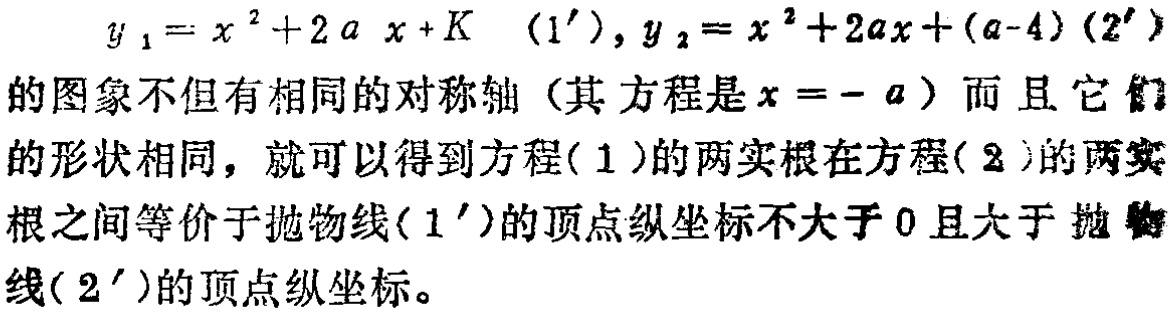
\(y_{1}=x^{2}+2ax + K\ (1'),y_{2}=x^{2}+2ax+(a - 4)\ (2')\)的图象不但有相同的对称轴（其方程是\(x=-a\)）而且它们的形状相同，就可以得到方程\((1)\)的两实根在方程\((2)\)的两实根之间等价于抛物线\((1')\)的顶点纵坐标不大于\(0\)且大于抛物线\((2')\)的顶点纵坐标。